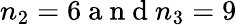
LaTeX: n_{2}=6\mathrm{~a~n~d~}n_{3}=9